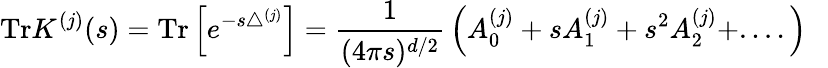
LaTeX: \mathrm{Tr}K^{(j)}(s)=\mathrm{Tr}\left[e^{-s\bigtriangleup^{(j)}}\right]={\frac{1}{(4\pi s)^{d/2}}}\left(A_{0}^{(j)}+sA_{1}^{(j)}+s^{2}A_{2}^{(j)}+....\right)~~~